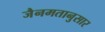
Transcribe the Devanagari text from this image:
जैनमतानुसार